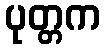
ပုတ္တက